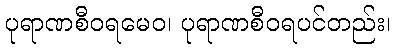
ပုရာဏစီဝရမေဝ၊ ပုရာဏစီဝရပင်တည်း၊